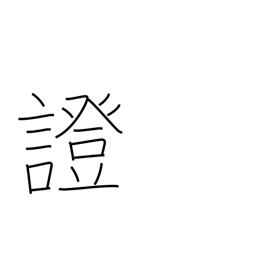
Meaning: proof